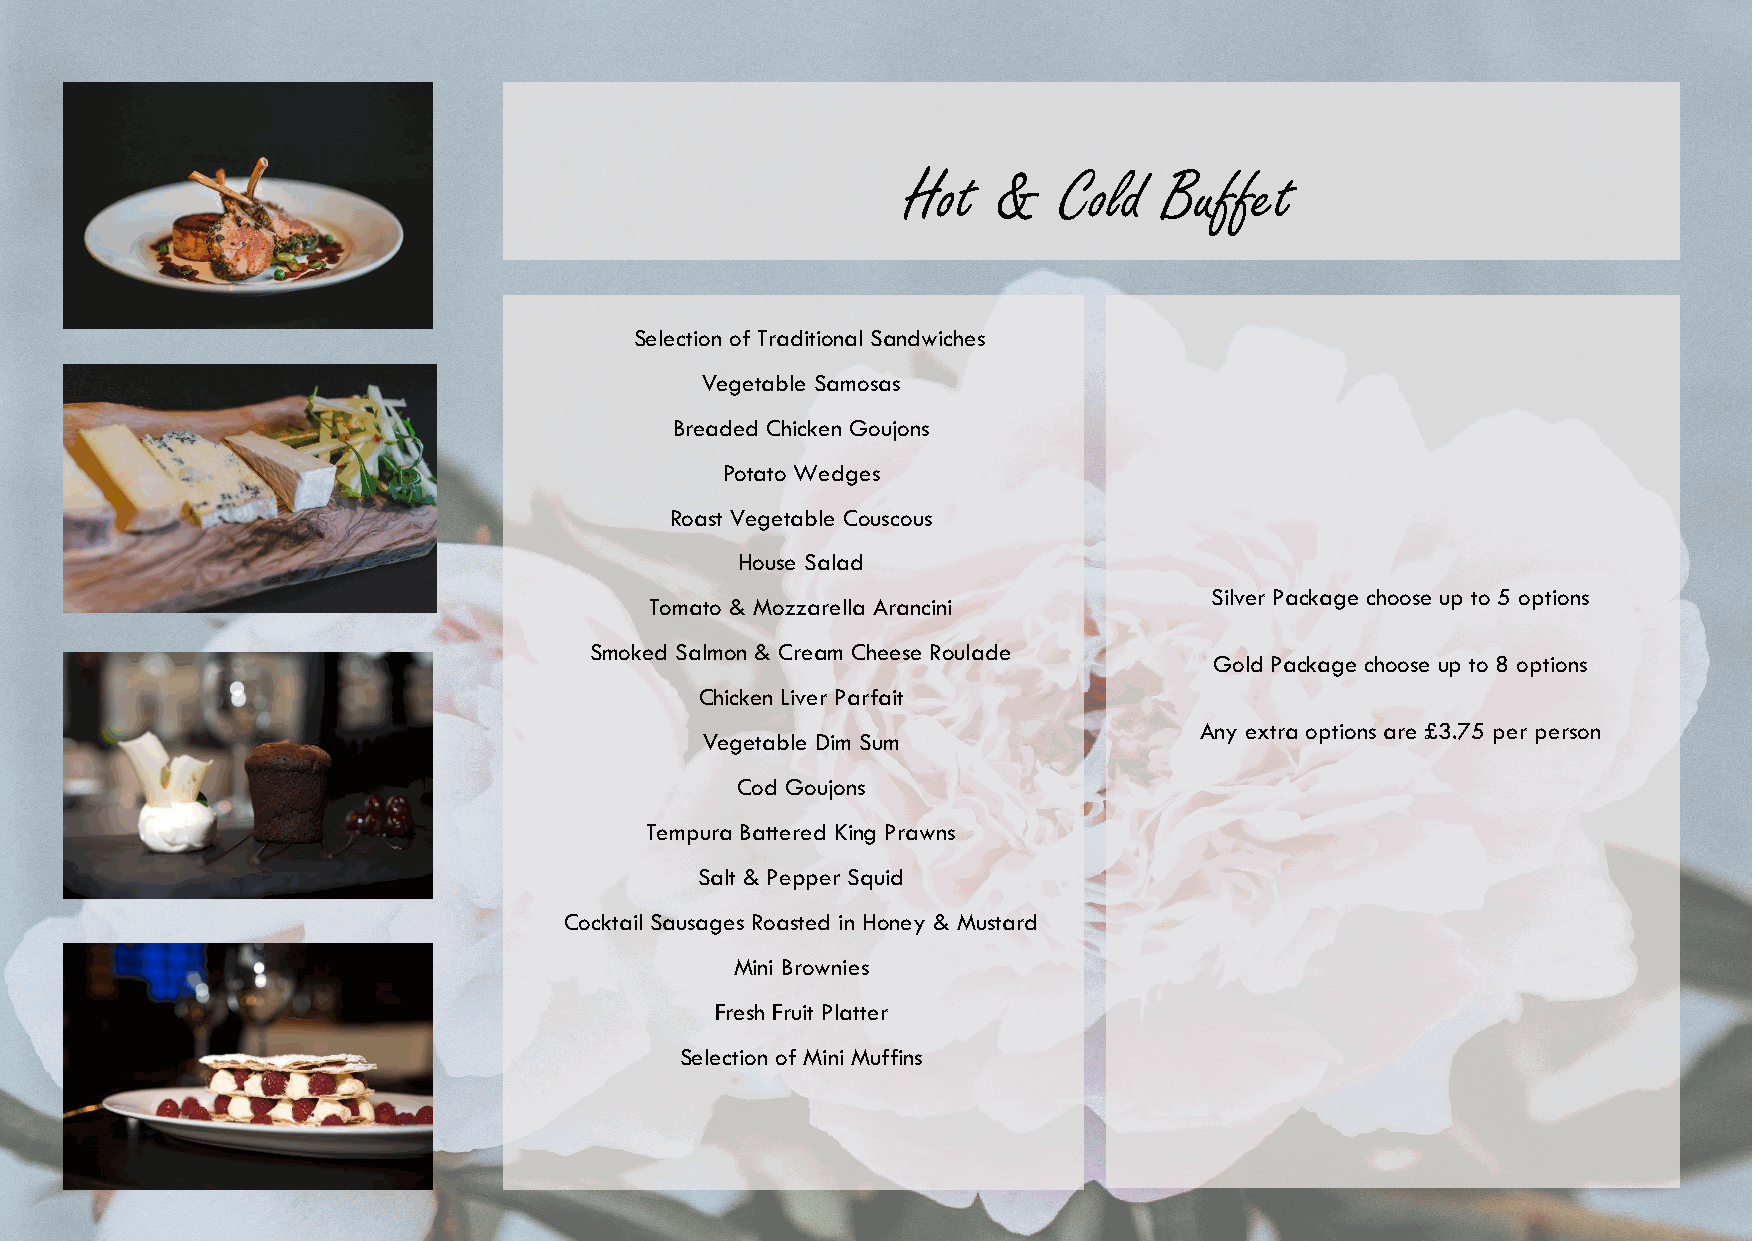
Hot   &   Cold   Buffet
 Selection of Traditional Sandwiches
 Vegetable Samosas
 Breaded Chicken Goujons
 Potato Wedges
 Roast Vegetable Couscous
 House Salad
 Silver Package choose up to 5 options
 Tomato & Mozzarella Arancini
 Smoked Salmon & Cream Cheese Roulade
 Gold Package choose up to 8 options
 Chicken Liver Parfait
 Any extra options are £3.75 per person
 Vegetable Dim Sum
 Cod Goujons
 Tempura Battered King Prawns
 Salt & Pepper Squid
 Cocktail Sausages Roasted in Honey & Mustard
 Mini Brownies
 Fresh Fruit Platter
 Selection of Mini Muffins